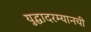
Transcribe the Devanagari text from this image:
युद्धादरम्यानची